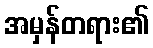
အမှန်တရား၏